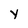
Character: y